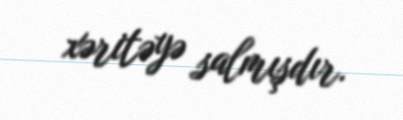
xəritəyə salmışdır.